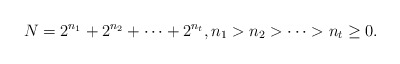
\begin{align*}N=2^{n_{1}}+2^{n_{2}}+\cdots+2^{n_{t}},n_{1}>n_{2}>\cdots>n_{t}\geq 0.\end{align*}